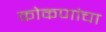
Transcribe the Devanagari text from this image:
कोकणांचा